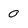
Character: 0